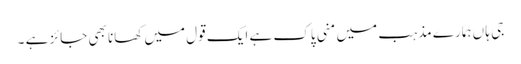
جی ہا ں ہمارے مذہب میں منی پاک ہے ایک قول میں کھانا بھی جائز ہے ۔